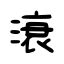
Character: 滖